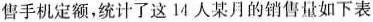
售手机定额，统计了这14人某月的销售量如下表